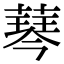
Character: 䔷